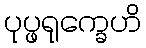
ပုပ္ဖရုက္ခေဟိ